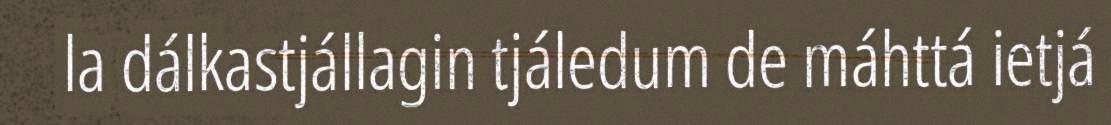
la dálkastjállagin tjáledum de máhttá ietjá